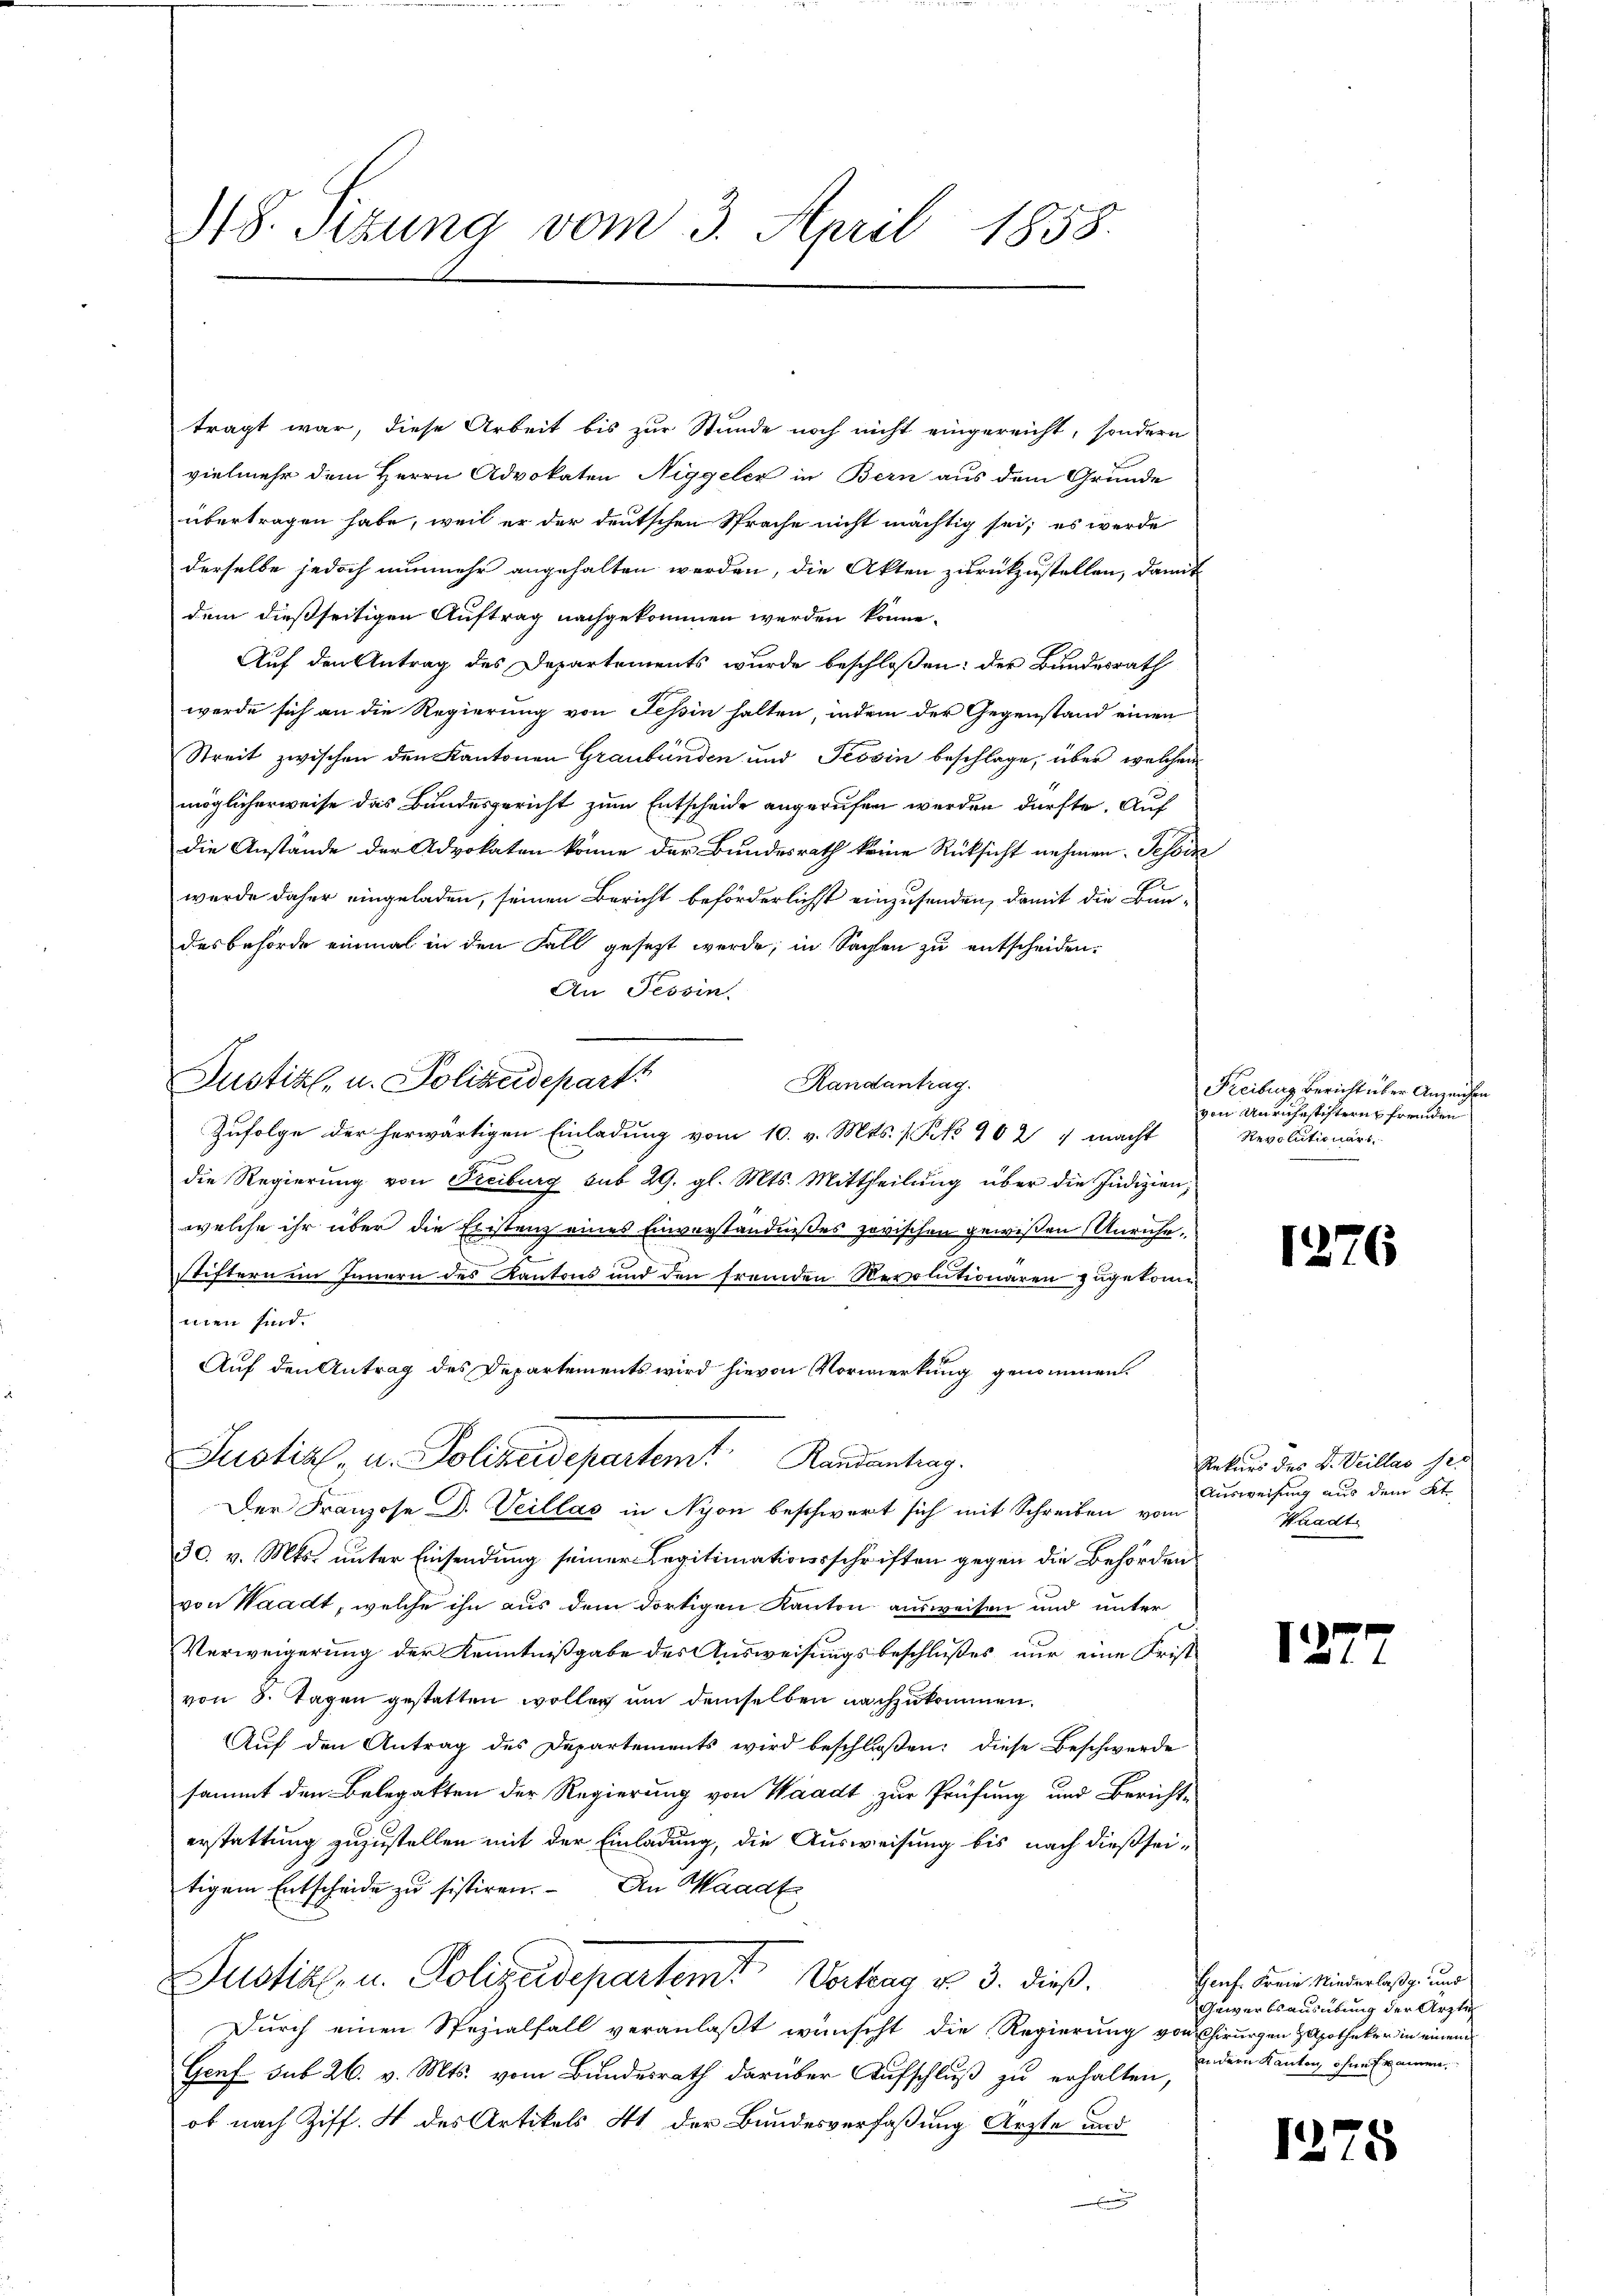
118. Sizung vom 3. April 1858.

tragt war, diese Arbeit bis zur Stunde noch nicht eingereicht, sondern
vielmehr dem Herrn Advokaten Niggeler in Bern aus dem Grunde
übertragen habe, weil er der deutschen Sprache nicht mächtig sei; es werde
derselbe jedoch nunmehr angehalten werden, die Akten zurückzustellen, damit
dem dießseitigen Auftrag nachgekommen werden könne.
Auf den Antrag des Departements wurde beschloßen: der Bundesrath
werde sich an die Regierung von Tessin halten, indem der Gegenstand einen
Streit zwischen den Kantonen Graubünden und Tessin beschlage, über welchem
möglicherweise das Bundesgericht zum Entscheide angerufen werden dürfte. Auf
die Anstände der Advokaten könne der Bundesrath keine Rücksicht nehmen. Tessin
wurde daher eingeladen, seinen Bericht beförderlichst einzusenden, damit die Bundesbehörde einmal in den Fall gesezt werde, in Sachen zu entscheiden.
An Tessin.
Justiz- u. Polizeidepart
Randantrag.
Zufolge der herwärtigen Einladung vom 10. v. Mts. 1. No 902 7 macht
1
die Regierung von Freiburg sub 29. gl. Mts. Mittheilung über die Indizienwelche ihr über die Eristenz eines Einverständnisses zwischen gewißen Unruhe,
d
stiftern im Innern des Kantons und den fremden Revolutionaren zugekomm
men sind.
Auf den Antrag des Departements wird hievon Vormerkung genommen.
Justiz- u. Polizeidepartem Randantrag.
Der Franzose D. Veillas in Nyon beschwert sich mit Schreiben vom
30. v. Mts. unter Einsendung seiner Legitimationsschriften gegen die Behörden
von Waadt, welche ihn aus dem dortigen Kanton ausweisen und unter
Verweigerung der Kenntnißgabe des Ausweisungsbeschlußes nur eine Fristvon 8. Tagen gestatten wollen um demselben nachzukommen.
Auf den Antrag des Departements wird beschloßen: diese Beschwerde
sammt den Belegatten der Regierung von Waadt, zur Prüfung und Bericht-
erstattung zuzustellen mit der Einladung, die Ausweisung bis nach dießseitigem Entscheide zu sistiren. An Waadt
Justiz- u. Polizeidepartem Vertrag u. 3. dieß.
Durch einen Spezialfall veranlaßt wünscht die Regierung von Chirurgen Zapotheker in einem
Genf sub 26. v. Mts. vom Bundesrath darüber Aufschluß zu erhalten,
ob nach Ziff. 4 des Artikels 4t der Bundesverfaßung Arzte und

Freiburg Bericht über Anzeichte
von Unruhestiftern fremden
Revolutionärs

1276

Rekurs des L. Veillas ser
Ausweisung aus dem St
Wradt

137

Genf. Freie Niederlaßg. und
Gewerbsausübung der Ärzte
andern Kanton ohne kamen

12